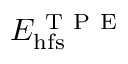
E _ { \mathrm { h f s } } ^ { \mathrm { ~ T ~ P ~ E ~ } }